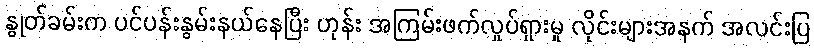
နွုတ်ခမ်းက ပင်ပန်းနွမ်းနယ်နေပြီး ဟုန်း အကြမ်းဖက်လှုပ်ရှားမှု လိုင်းများအနက် အလင်းပြ